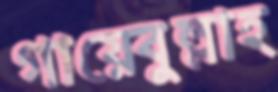
গায়েবুল্লাহ